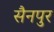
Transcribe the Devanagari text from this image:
सैनपुर